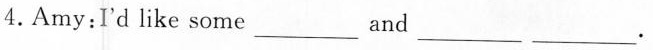
4. Amy: I'd like some ___ and___ ___.